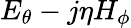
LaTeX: E_{\theta}-j\eta H_{\phi}